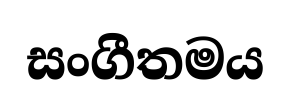
සංගීතමය